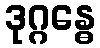
ဒုဂ္ဂန္ဓေ